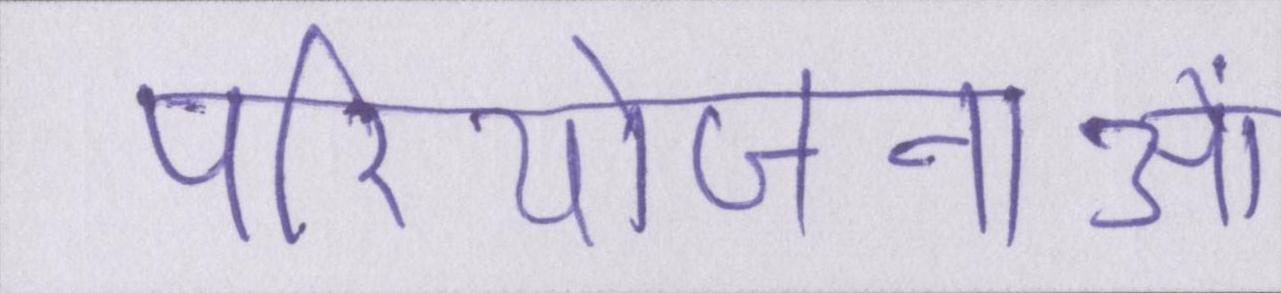
परियोजनाओं